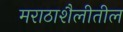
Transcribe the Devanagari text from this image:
मराठाशैलीतील